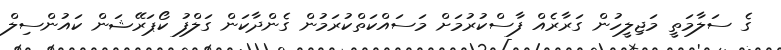
ގެ ސަލާމަތީ މަޖިލީހުން ގަރާރެއް ފާސްކުރުމަށް މަސައްކަތްކުރަމުން ގެންދާކަން ގަލްފު ކޯޕަރޭޝަން ކައުންސިލް